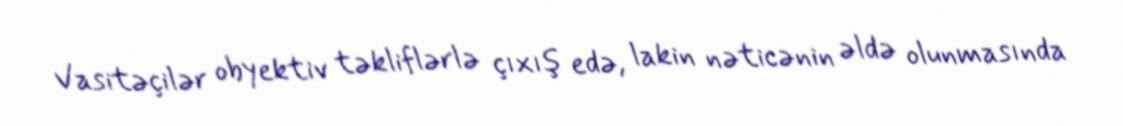
Vasitəçilər obyektiv təkliflərlə çıxış edə, lakin nəticənin əldə olunmasında